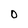
Character: 0